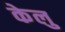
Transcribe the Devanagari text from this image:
केलु